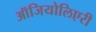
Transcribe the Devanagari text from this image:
ऑजियोलिएरी